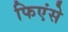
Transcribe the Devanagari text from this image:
फिएंसे